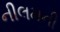
નીલમની